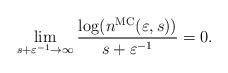
LaTeX: \begin{align*}\lim_{s+\varepsilon^{-1}\to\infty}\frac{\log(n^{\mathrm{MC}}(\varepsilon,s))}{s+\varepsilon^{-1}}=0.\end{align*}